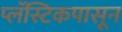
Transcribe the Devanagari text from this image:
प्लॅस्टिकपासून